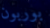
بوربون